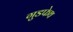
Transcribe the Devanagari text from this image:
गुडफेथ